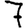
Digit: 7